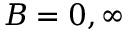
B = 0 , \infty